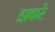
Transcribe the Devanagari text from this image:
डाकरे